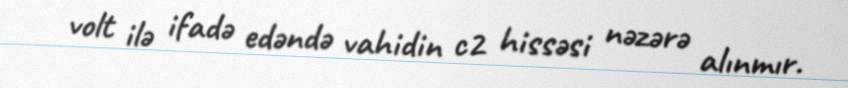
volt ilə ifadə edəndə vahidin c2 hissəsi nəzərə alınmır.